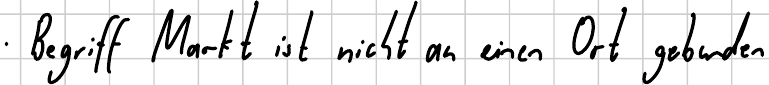
Begriff Markt ist nicht an einen Ort gebunden